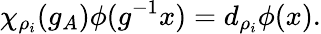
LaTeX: \chi_{\rho_{i}}(g_{A})\phi(g^{-1}x)=d_{\rho_{i}}\phi(x).